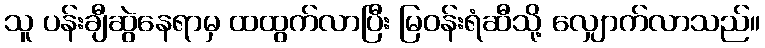
သူ ပန်းချီဆွဲနေရာမှ ထထွက်လာပြီး မြဝန်းရံဆီသို့ လျှောက်လာသည်။